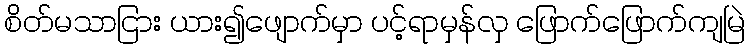
စိတ်မသာငြား ယား၍ဖျောက်မှာ ပင့်ရာမှန်လှ ဖြောက်ဖြောက်ကျမြဲ